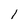
Character: l